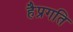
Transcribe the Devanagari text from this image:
हैप्रगति